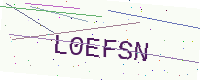
Text: L0EFSN